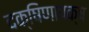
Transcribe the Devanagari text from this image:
दक्षिणापक्ष